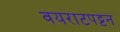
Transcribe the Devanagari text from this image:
वयराटपट्टन